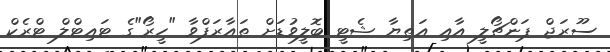
ސޫރަޖް ޕަންޗޯލީ އާއި އަތިޔާ ޝެޓީ ބޮލީވުޑަށް ތައާރަފްވާ "ހީރޯ"ގެ ޓައިޓްލް ޓްރެކް